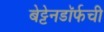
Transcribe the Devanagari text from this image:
बेट्टेनडॉर्फची